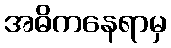
အဓိကနေရာမှ